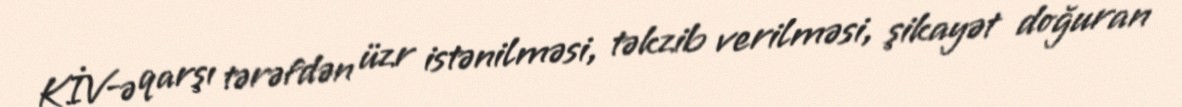
KİV-ə qarşı tərəfdən üzr istənilməsi, təkzib verilməsi, şikayət doğuran